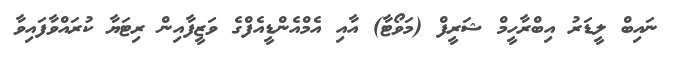
ނައިބް ލީޑަރު އިބްރާހީމް ޝަރީފް (މަވޯޓާ) އާއި އެމްއެންޑީއެފްގެ ވަޒީފާއިން ރިޓަޔާ ކުރައްވާފައިވާ